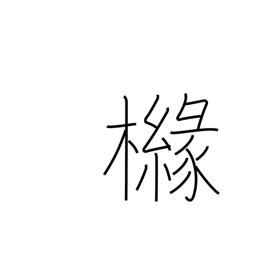
Meaning: kind of lemon tree